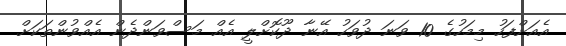
އެއަށްފަހު މިމަހުގެ 10 ވަނަ ދުވަހު އޭނާ ދޫކޮށްލީ އެއް މަސްވަންދެން އެއްވުންތަކަށް